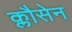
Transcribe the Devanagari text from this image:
क्लौसेन